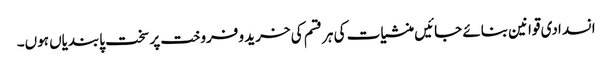
انسدادی قوانین بنائے جائیں منشیات کی ہر قسم کی خرید و فروخت پر سخت پابندیاں ہوں۔